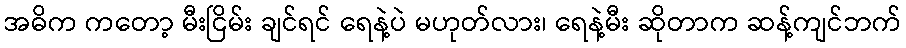
အဓိက ကတော့ မီးငြိမ်း ချင်ရင် ရေနဲ့ပဲ မဟုတ်လား၊ ရေနဲ့မီး ဆိုတာက ဆန့်ကျင်ဘက်